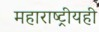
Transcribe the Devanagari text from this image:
महाराष्ट्रीयही